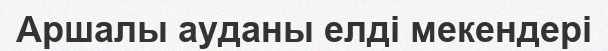
Аршалы ауданы елді мекендері